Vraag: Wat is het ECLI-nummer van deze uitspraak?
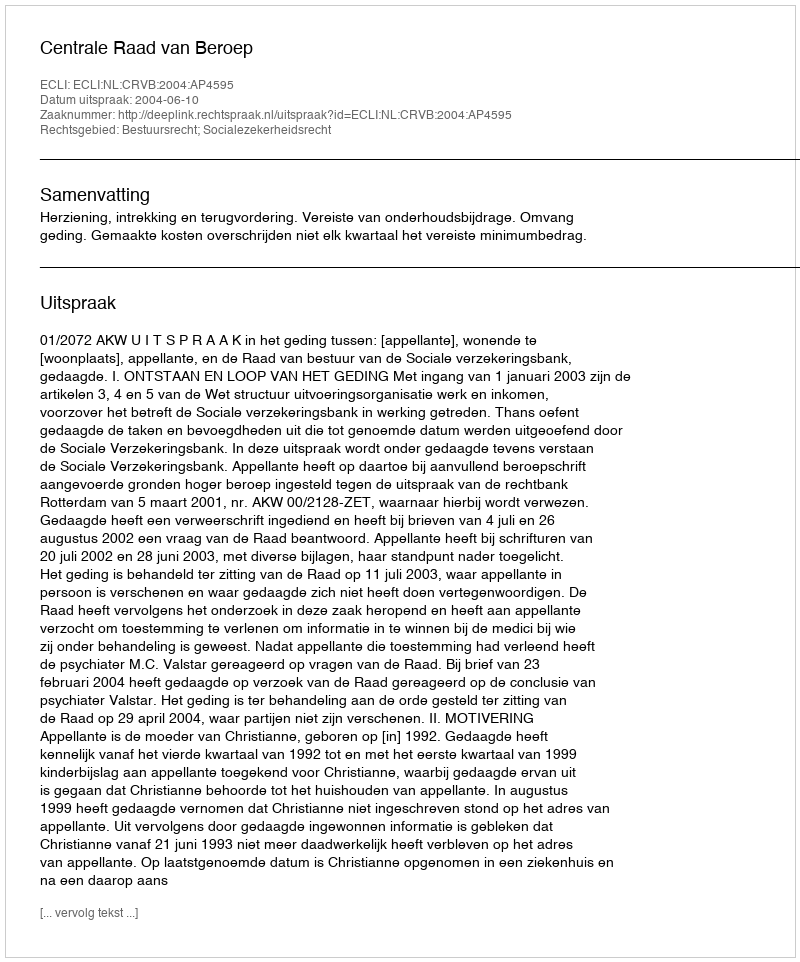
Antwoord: ECLI:NL:CRVB:2004:AP4595